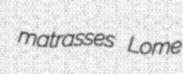
matrasses Lome